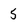
Character: 5